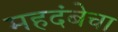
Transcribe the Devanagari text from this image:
महदंबेचा